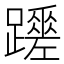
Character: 𨇏